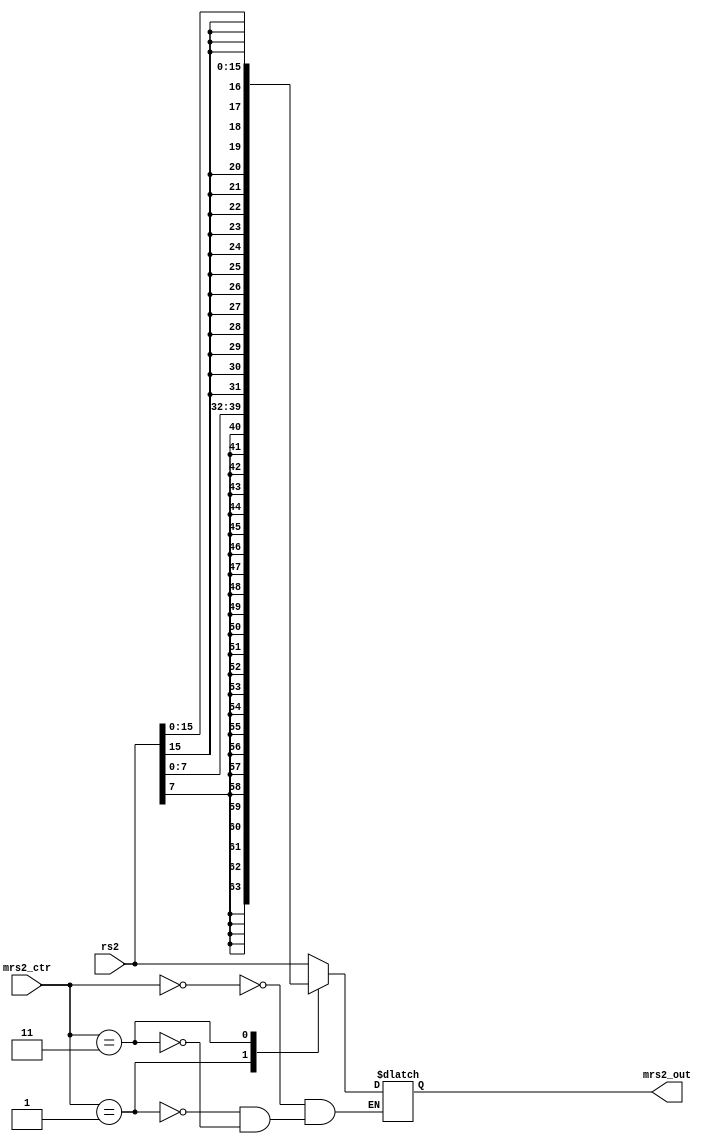
module mux_From_rs2_To_mem(
    input  [1:0]mrs2_ctr,
    input  [31:0]rs2,

    output reg [31:0] mrs2_out
    );

    always @( *) begin
        case (mrs2_ctr)
            1'b00:begin
                mrs2_out<=rs2;
            end
            2'b01:begin
               mrs2_out <= {{24{rs2[7]}}, rs2[7:0]};
            end
            2'b11:begin
               mrs2_out <= {{16{rs2[15]}}, rs2[15:0]};
            end
            
        endcase
    end
endmodule